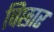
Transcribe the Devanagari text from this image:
विछार